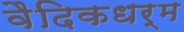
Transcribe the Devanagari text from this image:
वैदिकधर्म